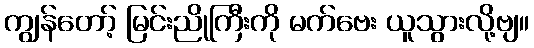
ကျွန်တော့် မြင်းညိုကြီးကို မက်ဗေး ယူသွားလို့ဗျ။